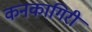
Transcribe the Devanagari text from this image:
कनकागिरी